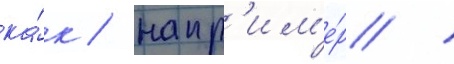
ка́к / напр'им'е́р /